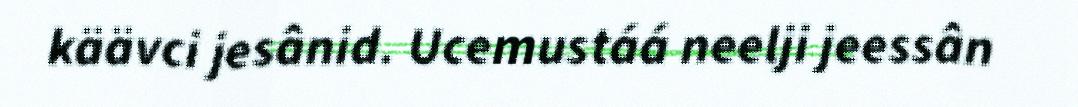
käävci jesânid. Ucemustáá neelji jeessân